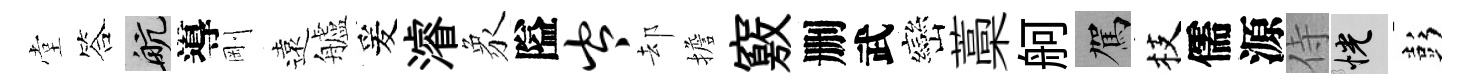
堂答航導剛遠艫爰濬象隘岑却擔竅删武巒藁舸駕枝儒源侍恍彭